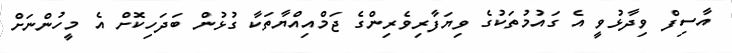
އާސިފް ވިދާޅުވީ އެ ގައުމުތަކުގެ ވިޔަފާރިވެރިންގެ ޖަމްއިއްޔާތަކާ ގުޅުން ބަދަހިކޮށް އެ މީހުންނަށް